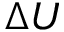
\Delta U